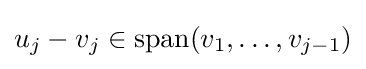
u_{j}-v_{j}\in \operatorname {span} (v_{1},\dotsc ,v_{j-1})